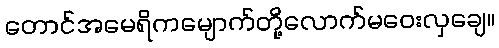
တောင်အမေရိကမျောက်တို့လောက်မဝေးလှချေ။